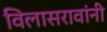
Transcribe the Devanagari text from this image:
विलासरावांनी